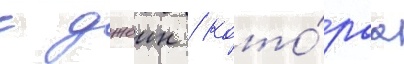
с джеин / кото́раа